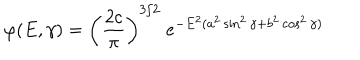
LaTeX: \varphi ( E , \gamma ) = \left( \frac { 2 c } { \pi } \right) ^ { 3 / 2 } \; e ^ { - E ^ { 2 } ( a ^ { 2 } \sin ^ { 2 } \gamma + b ^ { 2 } \cos ^ { 2 } \gamma ) }